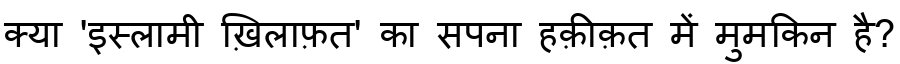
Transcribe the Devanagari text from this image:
क्या 'इस्लामी ख़िलाफ़त' का सपना हक़ीक़त में मुमकिन है?